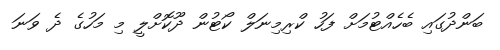
ބަންދުގައި ބެހެއްޓުމަށް ފަހު ކްރިމިނަލް ކޯޓުން ދޫކޮށްލީ މި މަހުގެ ދެ ވަނަ